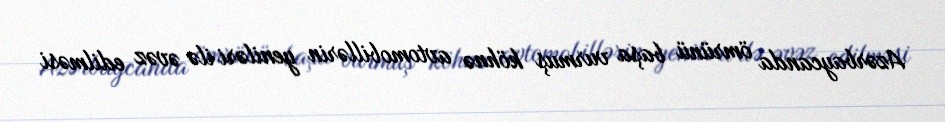
Azərbaycanda ömrünü başa vurmuş köhnə avtomobillərin yeniləri ilə əvəz edilməsi